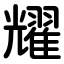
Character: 耀